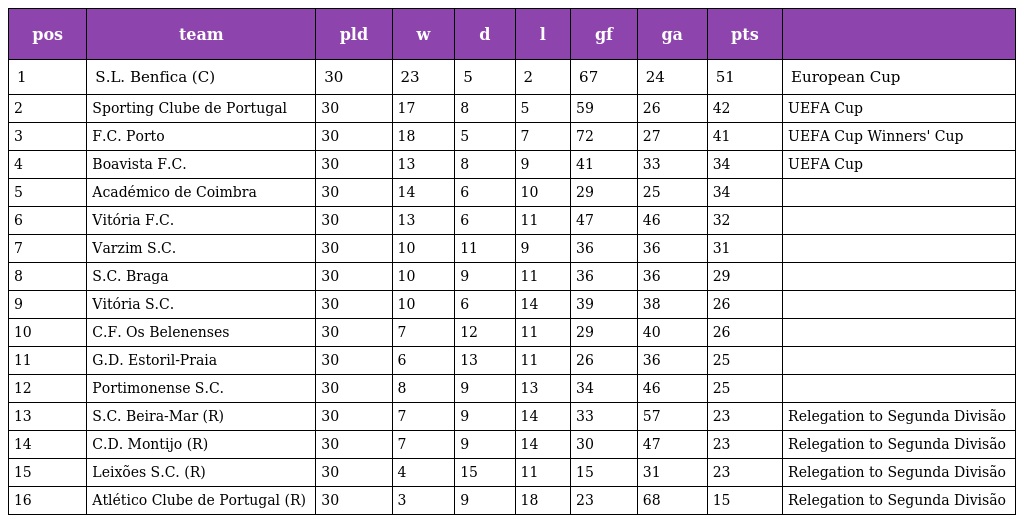
| pos | team | pld | w | d | l | gf | ga | pts |  |
 | --- | --- | --- | --- | --- | --- | --- | --- | --- | --- |
 | 1 | S.L. Benfica (C) | 30 | 23 | 5 | 2 | 67 | 24 | 51 | European Cup |
 | 2 | Sporting Clube de Portugal | 30 | 17 | 8 | 5 | 59 | 26 | 42 | UEFA Cup |
 | 3 | F.C. Porto | 30 | 18 | 5 | 7 | 72 | 27 | 41 | UEFA Cup Winners' Cup |
 | 4 | Boavista F.C. | 30 | 13 | 8 | 9 | 41 | 33 | 34 | UEFA Cup |
 | 5 | Académico de Coimbra | 30 | 14 | 6 | 10 | 29 | 25 | 34 |  |
 | 6 | Vitória F.C. | 30 | 13 | 6 | 11 | 47 | 46 | 32 |  |
 | 7 | Varzim S.C. | 30 | 10 | 11 | 9 | 36 | 36 | 31 |  |
 | 8 | S.C. Braga | 30 | 10 | 9 | 11 | 36 | 36 | 29 |  |
 | 9 | Vitória S.C. | 30 | 10 | 6 | 14 | 39 | 38 | 26 |  |
 | 10 | C.F. Os Belenenses | 30 | 7 | 12 | 11 | 29 | 40 | 26 |  |
 | 11 | G.D. Estoril-Praia | 30 | 6 | 13 | 11 | 26 | 36 | 25 |  |
 | 12 | Portimonense S.C. | 30 | 8 | 9 | 13 | 34 | 46 | 25 |  |
 | 13 | S.C. Beira-Mar (R) | 30 | 7 | 9 | 14 | 33 | 57 | 23 | Relegation to Segunda Divisão |
 | 14 | C.D. Montijo (R) | 30 | 7 | 9 | 14 | 30 | 47 | 23 | Relegation to Segunda Divisão |
 | 15 | Leixões S.C. (R) | 30 | 4 | 15 | 11 | 15 | 31 | 23 | Relegation to Segunda Divisão |
 | 16 | Atlético Clube de Portugal (R) | 30 | 3 | 9 | 18 | 23 | 68 | 15 | Relegation to Segunda Divisão |